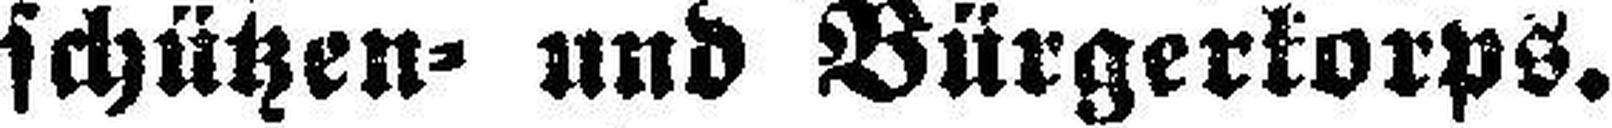
schützen= und Bürgerkorps.